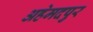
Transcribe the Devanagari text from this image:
अहेमदपुर